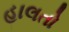
હાલતો